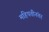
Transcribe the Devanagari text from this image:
महिपतीनंतर